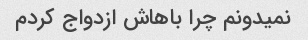
نمیدونم چرا باهاش ​​ازدواج کردم